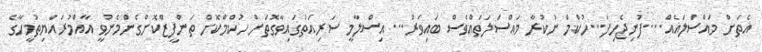
އެތަށް މައްސަލައެއް....ފުނިޖެހިފަ...ހުކްމް ނުކުރާ މައްސަލަތައްވެސް ބައިވަރު... އިސްލާމީ ސަރިއަތުގައިވާގޮތަށް ހުކްމްކޮށް ތަންފީޒްކޮށްގެންމެނުވީ އާއްމުރައްޔިތުމީހާގެ